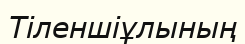
Тіленшіұлының